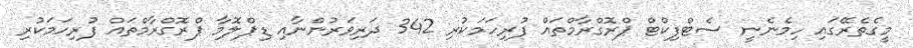
މީގެތެރޭގައި ހިމެނެނީ ސެޓްފިކްޓް ޕްރޮގްރާމްތައް ފުރިހަމަކުރި 342 ދަރިވަރުންނާއި ޑިޕްލޮމާ ޕްރޮގްރާމްތައް ފުރިހަމަކުރި